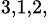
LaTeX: ^{3,1,2,}